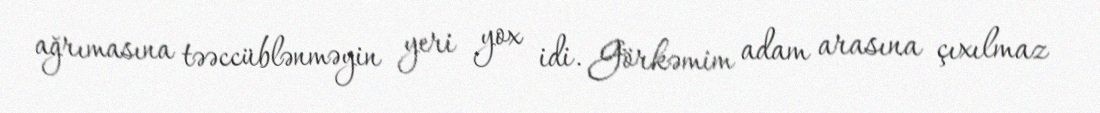
ağrımasına təəccüblənməyin yeri yox idi. Görkəmim adam arasına çıxılmaz